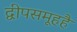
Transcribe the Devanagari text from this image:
द्वीपसमूहहै